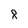
Character: 8